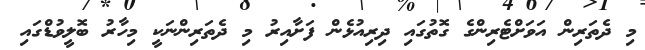
މި ދެތަރިން އަވަށްޓެރިންގެ ގޮތުގައި ދިރިއުޅެން ފަށާއިރު މި ދެތަރިންނަކީ މިހާރު ބޮލީވުޑްގައި